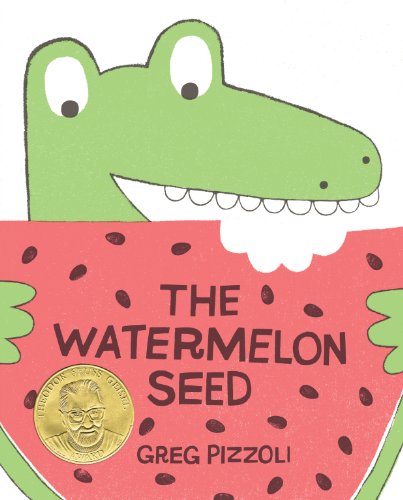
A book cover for The Watermelon Seed; Greg Pizzoli; Children's Books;